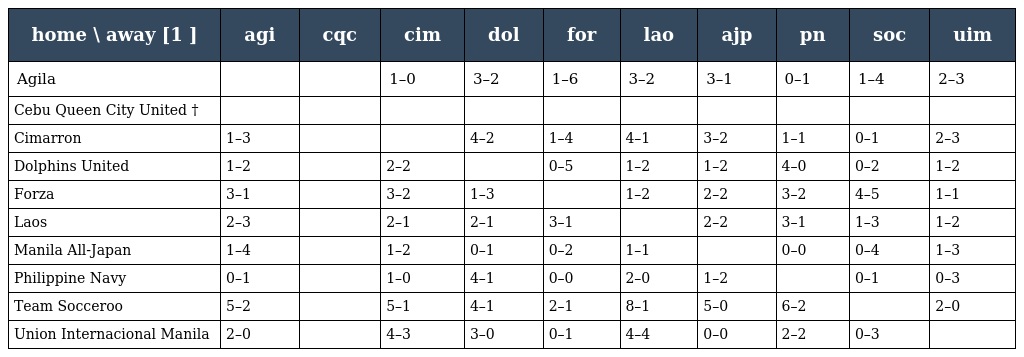
| home \ away [1 ] | agi | cqc | cim | dol | for | lao | ajp | pn | soc | uim |
 | --- | --- | --- | --- | --- | --- | --- | --- | --- | --- | --- |
 | Agila |  |  | 1–0 | 3–2 | 1–6 | 3–2 | 3–1 | 0–1 | 1–4 | 2–3 |
 | Cebu Queen City United † |  |  |  |  |  |  |  |  |  |  |
 | Cimarron | 1–3 |  |  | 4–2 | 1–4 | 4–1 | 3–2 | 1–1 | 0–1 | 2–3 |
 | Dolphins United | 1–2 |  | 2–2 |  | 0–5 | 1–2 | 1–2 | 4–0 | 0–2 | 1–2 |
 | Forza | 3–1 |  | 3–2 | 1–3 |  | 1–2 | 2–2 | 3–2 | 4–5 | 1–1 |
 | Laos | 2–3 |  | 2–1 | 2–1 | 3–1 |  | 2–2 | 3–1 | 1–3 | 1–2 |
 | Manila All-Japan | 1–4 |  | 1–2 | 0–1 | 0–2 | 1–1 |  | 0–0 | 0–4 | 1–3 |
 | Philippine Navy | 0–1 |  | 1–0 | 4–1 | 0–0 | 2–0 | 1–2 |  | 0–1 | 0–3 |
 | Team Socceroo | 5–2 |  | 5–1 | 4–1 | 2–1 | 8–1 | 5–0 | 6–2 |  | 2–0 |
 | Union Internacional Manila | 2–0 |  | 4–3 | 3–0 | 0–1 | 4–4 | 0–0 | 2–2 | 0–3 |  |